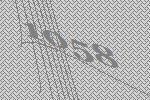
1058